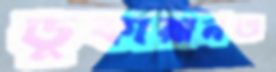
ডুকারানও